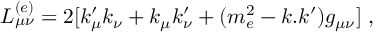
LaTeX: L _ { \mu \nu } ^ { ( e ) } = 2 [ k _ { \mu } ^ { \prime } k _ { \nu } + k _ { \mu } k _ { \nu } ^ { \prime } + ( m _ { e } ^ { 2 } - k . k ^ { \prime } ) g _ { \mu \nu } ] \ ,